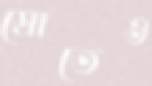
স্রোতেও